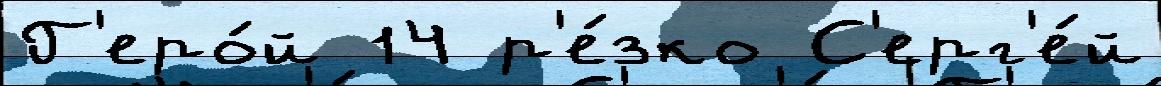
Г'еро́й 14 р'е́зко С'ерг'е́й